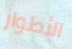
الأطوار